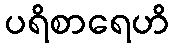
ပရိစာရေဟိ